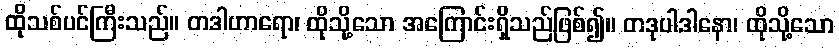
ထိုသစ်ပင်ကြီးသည်။ တဒါဟာရော၊ ထိုသို့သော အကြောင်းရှိသည်ဖြစ်၍။ တဒုပါဒါနော၊ ထိုသို့သော